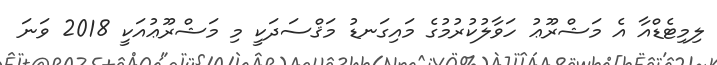
ލިމިޓެޑްއާ އެ މަޝްރޫޢު ހަވާލުކުރުމުގެ މައިގަނޑު މަޤްސަދަކީ މި މަޝްރޫޢުއަކީ 2018 ވަނަ